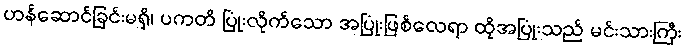
ဟန်ဆောင်ခြင်းမရှိ၊ ပကတိ ပြုံးလိုက်သော အပြုံးဖြစ်လေရာ ထိုအပြုံးသည် မင်းသားကြီး